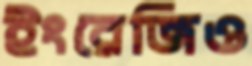
ইংরেজিও